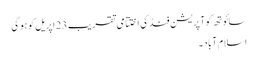
سائوتھ کوآپریشن فنڈ کی اختتامی تقریب 23 اپریل کو ہو گی
اسلام آباد ۔